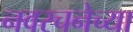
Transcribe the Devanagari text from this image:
नवरचनेच्या